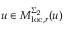
u \in M _ { \mathrm { l o c } , r } ^ { \Sigma _ { 2 } } ( u )